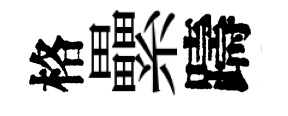
格纍躊